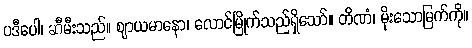
ပဒီပေါ၊ ဆီမီးသည်။ ဈာယမာနော၊ လောင်မြိုက်သည်ရှိသော်။ တိဏံ၊ မိုးသောမြက်ကို။